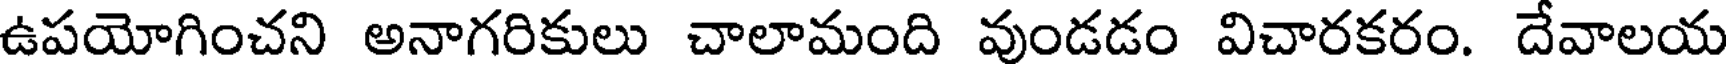
ఉపయోగించని అనాగరికులు చాలామంది వుండడం విచారకరం. దేవాలయ